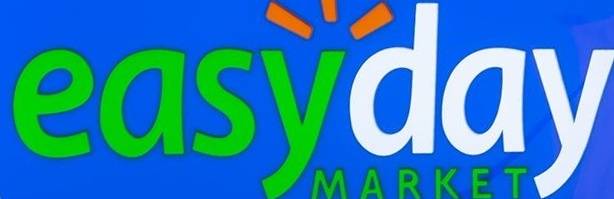
easyday